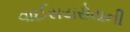
વાઈસયરોયની